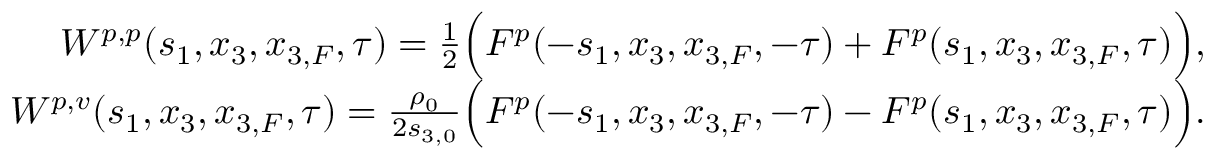
\begin{array} { r l r } & { } & { W ^ { p , p } ( s _ { 1 } , x _ { 3 } , x _ { 3 , F } , \tau ) = \frac { 1 } { 2 } \Bigl ( F ^ { p } ( - s _ { 1 } , x _ { 3 } , x _ { 3 , F } , - \tau ) + F ^ { p } ( s _ { 1 } , x _ { 3 } , x _ { 3 , F } , \tau ) \Bigr ) , } \\ & { } & { W ^ { p , v } ( s _ { 1 } , x _ { 3 } , x _ { 3 , F } , \tau ) = \frac { \rho _ { 0 } } { 2 s _ { 3 , 0 } } \Bigl ( F ^ { p } ( - s _ { 1 } , x _ { 3 } , x _ { 3 , F } , - \tau ) - F ^ { p } ( s _ { 1 } , x _ { 3 } , x _ { 3 , F } , \tau ) \Bigr ) . } \end{array}